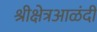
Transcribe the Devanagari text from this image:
श्रीक्षेत्रआळंदी